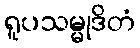
ရူပသမ္မုဒိတံ